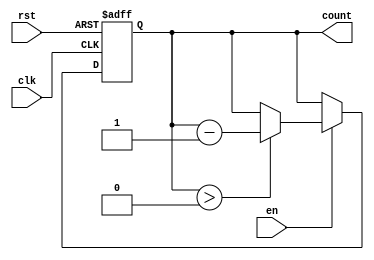
module down_counter #(
    parameter N = 8  // Parameter for bit width of the counter
)(
    input wire clk,       // Clock input
    input wire rst,       // Reset input (active-high)
    input wire en,        // Enable input
    output reg [N-1:0] count // n-bit counter output
);

    // Initial value for the counter, can be set as needed
    localparam INITIAL_VALUE = 8'hFF; // Example initial value, can be modified

    // Synchronous logic for the counter
    always @(posedge clk or posedge rst) begin
        if (rst) begin
            count <= INITIAL_VALUE; // Reset to initial value
        end else if (en) begin
            if (count > 0) begin
                count <= count - 1; // Decrement the count if enabled
            end
        end
        // If count is already 0 and enable is high, it will hold at 0
    end

endmodule